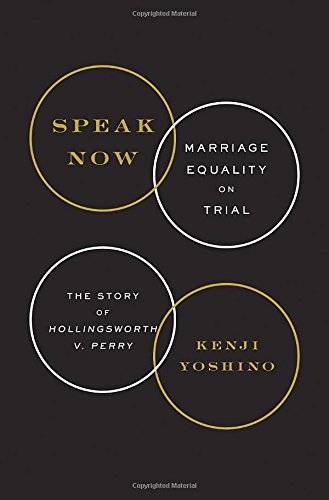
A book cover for Speak Now: Marriage Equality on Trial; Kenji Yoshino; Gay & Lesbian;